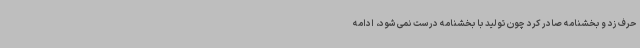
حرف زد و بخشنامه صادر کرد چون تولید با بخشنامه درست نمی شود، ادامه